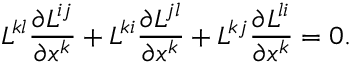
L ^ { k l } \frac { \partial L ^ { i j } } { \partial x ^ { k } } + L ^ { k i } \frac { \partial L ^ { j l } } { \partial x ^ { k } } + L ^ { k j } \frac { \partial L ^ { l i } } { \partial x ^ { k } } = 0 .